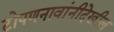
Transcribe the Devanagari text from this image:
टोपणनावांनीदेखील